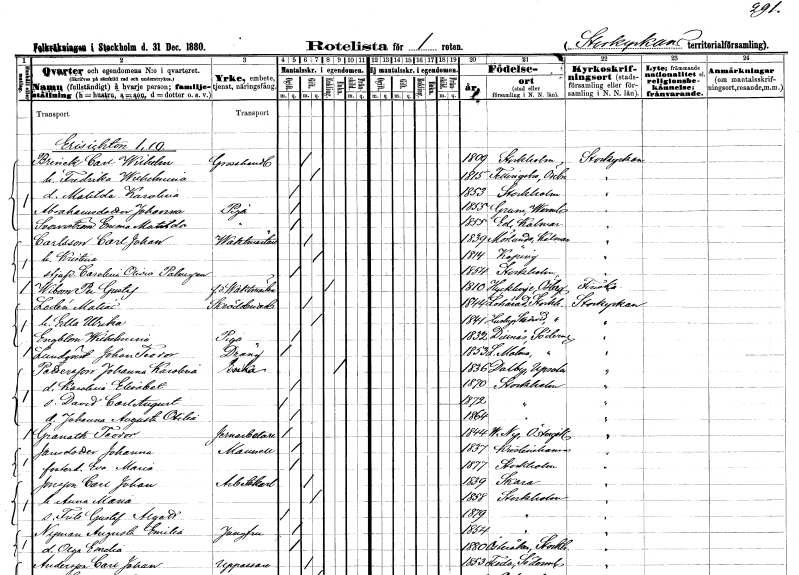
gt_parse: households: individuals: FN: Carl Wilhelm
EN: Brink
YRKE: Grosshandlare
KON: M
CIV: G
FODAR: 1809
FODFORS: Stockholm
FN: Fredrika Wilhelmina
KON: K
CIV: G
FODAR: 1815
FODFORS: Fellingsbro Örebro län
FN: Matilda Karolina
KON: K
CIV: O
FODAR: 1853
FODFORS: Stockholm
FN: Johanna
EN: Abrahamsdotter
YRKE: Piga
KON: K
CIV: O
FODAR: 1855
FODFORS: Grums Värmlands län
FN: Emma Matilda
EN: Svanström
YRKE: Piga
KON: K
CIV: O
FODAR: 1855
FODFORS: Ed Kalmar län
FN: Carl Johan
EN: Carlsson
YRKE: Vaktmästare
KON: M
CIV: G
FODAR: 1839
FODFORS: Mörlunda Kalmar län
FN: Kristina
KON: K
CIV: G
FODAR: 1814
FODFORS: Köping Västmanlands län
FN: Carolina Olivia
EN: Palmgren
KON: K
CIV: O
FODAR: 1854
FODFORS: Stockholm
FN: Per Gustaf
EN: Wibom
YRKE: Vaktmästare f.d.
KON: M
CIV: E
FODAR: 1810
FODFORS: Hycklinge Östergötlands län
FN: Matias
EN: Lodén
YRKE: Skrädderiarbetare
KON: M
CIV: G
FODAR: 1844
FODFORS: Lohärad Stockholms län
FN: Edla Ulrika
KON: K
CIV: G
FODAR: 1841
FODFORS: Husby Skederid Stockholms län
FN: Wilhelmina
EN: Engblom
YRKE: Piga
KON: K
CIV: O
FODAR: 1832
FODFORS: Dillnäs Södermanlands län
FN: Johan Teodor
EN: Lundqvist
YRKE: Dräng
KON: M
CIV: O
FODAR: 1853
FODFORS: Lilla Malma Södermanlands län
FN: Johanna Karolina
EN: Pettersson
YRKE: Änka
KON: K
CIV: E
FODAR: 1836
FODFORS: Dalby Uppsala län
FN: Karolina Elisabet
KON: K
CIV: O
FODAR: 1870
FODFORS: Stockholm
FN: David Carl August
KON: M
CIV: O
FODAR: 1872
FODFORS: Stockholm
FN: Johanna Augusta Otilia
KON: K
CIV: O
FODAR: 1864
FODFORS: Stockholm
FN: Teodor
EN: Granath
YRKE: Järnarbetare
KON: M
CIV: O
FODAR: 1844
FODFORS: Västra Ny Östergötlands län
FN: Johanna
EN: Jansdotter
KON: K
CIV: O
FODAR: 1837
FODFORS: Kristinehamn Värmlands län
FN: Eva Maria
KON: K
CIV: O
FODAR: 1877
FODFORS: Stockholm
FN: Carl Johan
EN: Jonsson
YRKE: Arbetskarl
KON: M
CIV: G
FODAR: 1839
FODFORS: Skara Skaraborgs län
FN: Anna Maria
KON: K
CIV: G
FODAR: 1858
FODFORS: Stockholm
FN: Frits Gustaf Algott
KON: M
CIV: O
FODAR: 1879
FODFORS: Stockholm